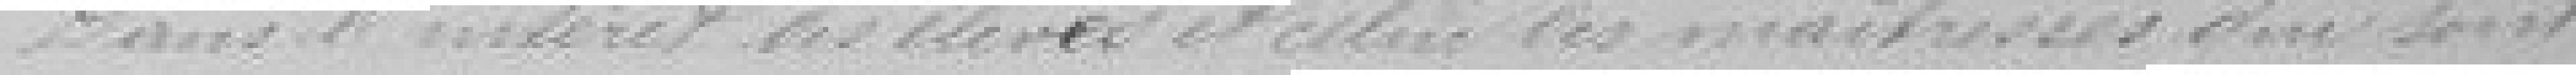
Dans l'intérêt des élèves et celui des maitresses qui sont